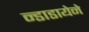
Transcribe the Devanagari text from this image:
न्डाडायेने